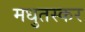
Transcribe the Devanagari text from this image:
मधुतस्कर